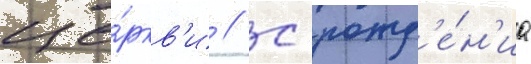
це́ркв'и // С рожд'е́н'иа